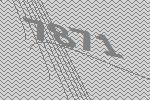
7871